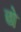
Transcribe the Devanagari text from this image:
छो़